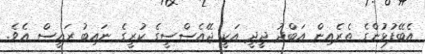
އެބޭފުޅުންގެ ތެރެއިން އަބްދު ދީދީ އަކީ ޖޭއެސްސީގެ ކުރީގެ ނައިބު ރައީސް އެވެ.